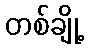
တစ်ချို့